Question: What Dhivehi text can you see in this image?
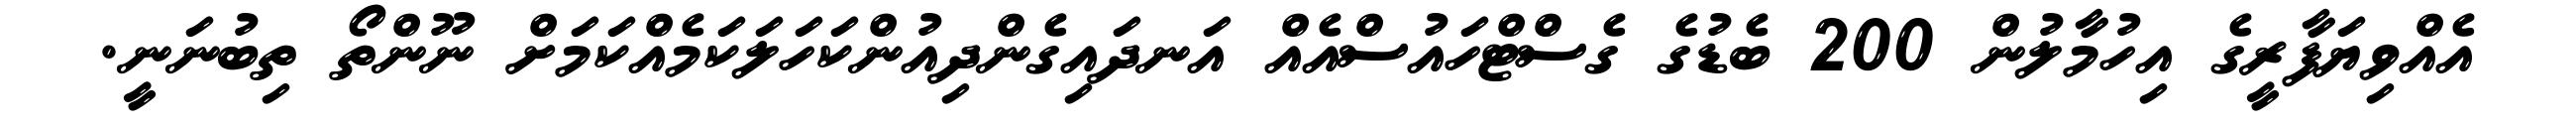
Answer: އެއްވިޔަފާރީގެ އިހުމާލުން 200 ބެޑުގެ ގެސްޓްހައުސްއެއް އަނދައިގެންދިއުންކަހަލަކަމެއްކަމަށް ނޫންތޯ ތިބުނަނީ.